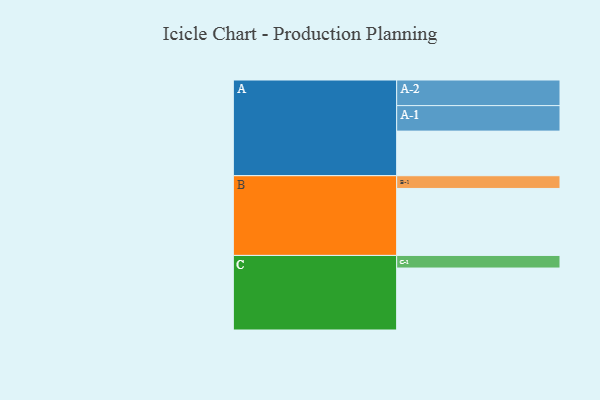
{"axis": {"x": "Segment", "y": "Value"}, "legend": ["", "A", "B", "C"], "data": [{"x": "A", "y": 329, "type": ""}, {"x": "B", "y": 494, "type": ""}, {"x": "C", "y": 457, "type": ""}, {"x": "A-1", "y": 188, "type": "A"}, {"x": "A-2", "y": 189, "type": "A"}, {"x": "B-1", "y": 94, "type": "B"}, {"x": "C-1", "y": 93, "type": "C"}]}